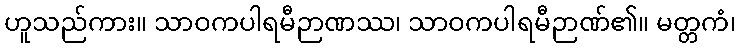
ဟူသည်ကား။ သာဝကပါရမီဉာဏဿ၊ သာဝကပါရမီဉာဏ်၏။ မတ္တကံ၊